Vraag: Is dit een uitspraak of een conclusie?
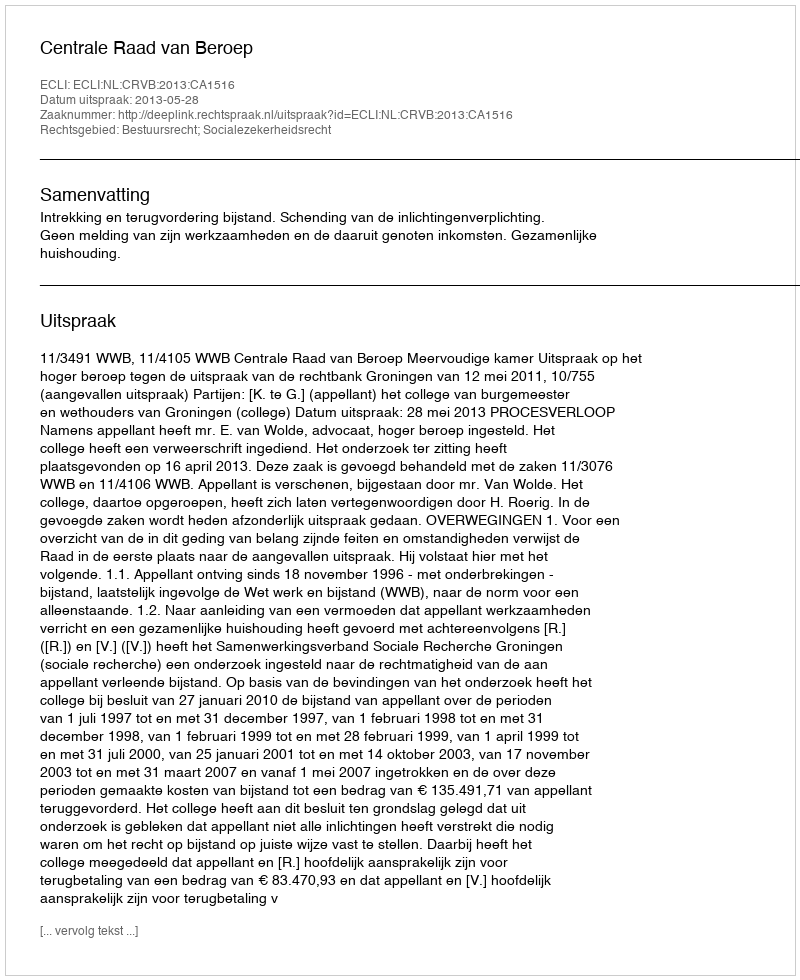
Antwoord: Uitspraak